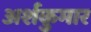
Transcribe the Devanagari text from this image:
अर्शकुमार